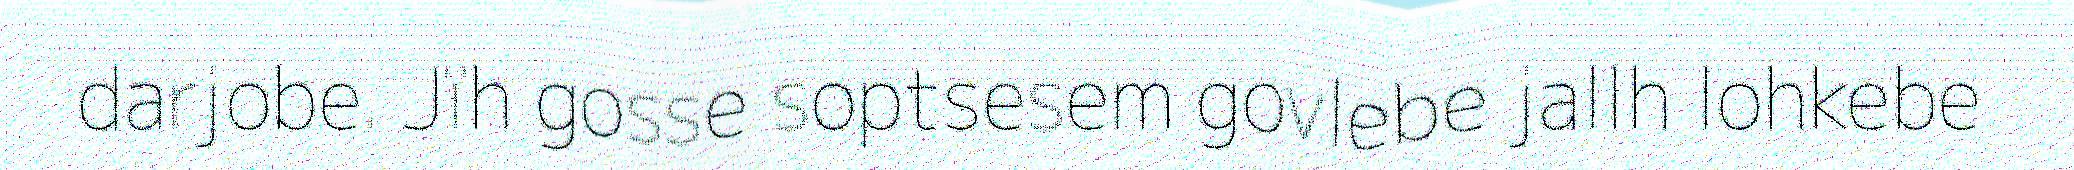
darjobe. Jïh gosse soptsesem govlebe jallh lohkebe